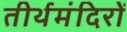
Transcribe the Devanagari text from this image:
तीर्थमंदिरों